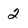
Character: 2